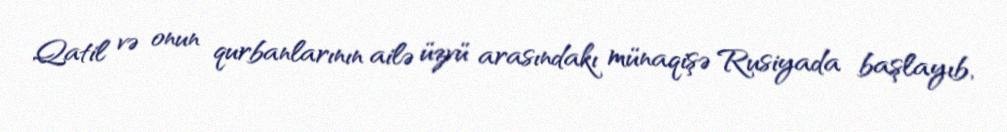
Qatil və onun qurbanlarının ailə üzvü arasındakı münaqişə Rusiyada başlayıb,